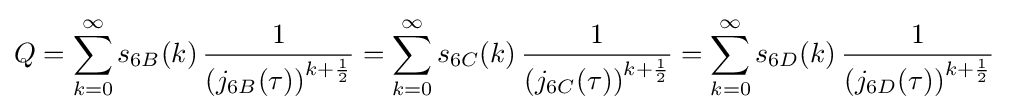
Q=\sum _{k=0}^{\infty }s_{6B}(k)\,{\frac {1}{\left(j_{6B}(\tau )\right)^{k+{\frac {1}{2}}}}}=\sum _{k=0}^{\infty }s_{6C}(k)\,{\frac {1}{\left(j_{6C}(\tau )\right)^{k+{\frac {1}{2}}}}}=\sum _{k=0}^{\infty }s_{6D}(k)\,{\frac {1}{\left(j_{6D}(\tau )\right)^{k+{\frac {1}{2}}}}}